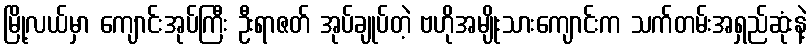
မြို့လယ်မှာ ကျောင်းအုပ်ကြီး ဦးရာဇတ် အုပ်ချုပ်တဲ့ ဗဟိုအမျိုးသားကျောင်းက သက်တမ်းအရှည်ဆုံးနဲ့